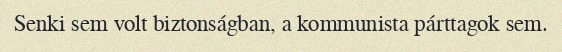
Senki sem volt biztonságban, a kommunista párttagok sem.